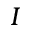
I